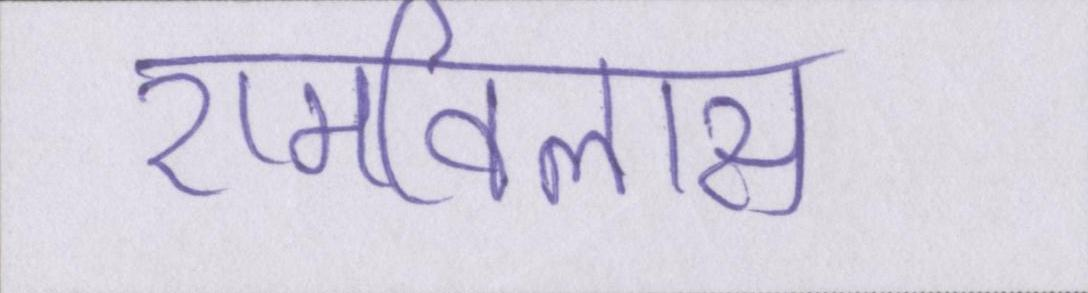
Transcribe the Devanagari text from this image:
रामविलास